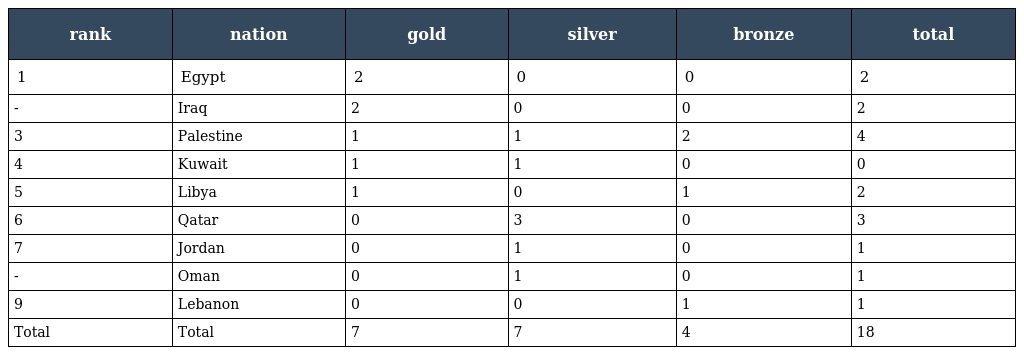
| rank | nation | gold | silver | bronze | total |
 | --- | --- | --- | --- | --- | --- |
 | 1 | Egypt | 2 | 0 | 0 | 2 |
 | - | Iraq | 2 | 0 | 0 | 2 |
 | 3 | Palestine | 1 | 1 | 2 | 4 |
 | 4 | Kuwait | 1 | 1 | 0 | 0 |
 | 5 | Libya | 1 | 0 | 1 | 2 |
 | 6 | Qatar | 0 | 3 | 0 | 3 |
 | 7 | Jordan | 0 | 1 | 0 | 1 |
 | - | Oman | 0 | 1 | 0 | 1 |
 | 9 | Lebanon | 0 | 0 | 1 | 1 |
 | Total | Total | 7 | 7 | 4 | 18 |